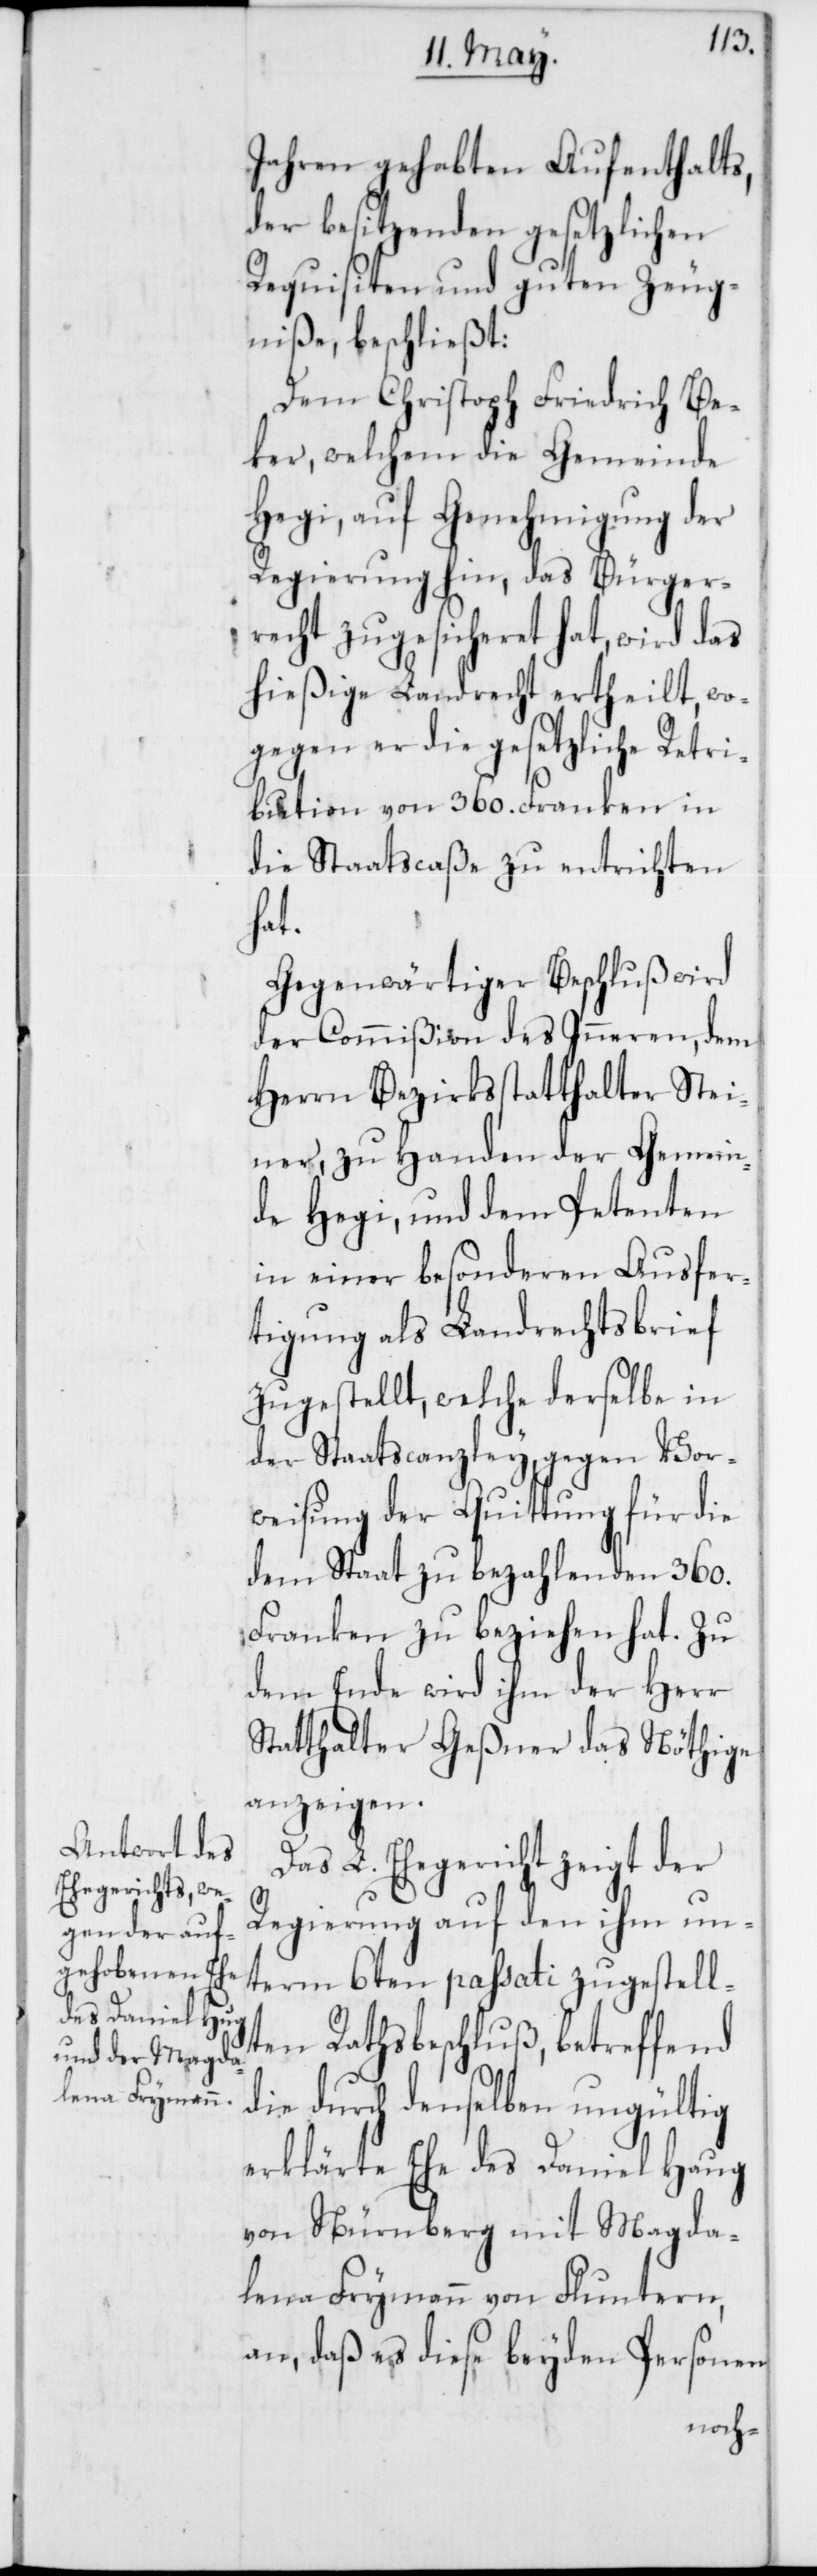
Jahren gehabten Aufenthalts,
der besitzenden gesetzlichen
Requisiten und guten Zeug¬
niße, beschließt:
Dem Christoph Friedrich Be¬
ker, welchem die Gemeinde
Hegi, auf Genehmigung der
Regierung hin, das Bürger¬
recht zugesicheret hat, wird das
hießige Landrecht ertheilt, wo¬
gegen er die gesetzliche Retri¬
bution von 360. Franken in
die Staatscaße zu entrichten
hat.
Gegenwärtiger Beschluß wird
der Commißion des Inneren, dem
Herrn Bezirksstatthalter Stei¬
ner, zu Handen der Gemein¬
de Hegi, und dem Petenten
in einer besonderen Ausfer¬
tigung als Landrechtsbrief
zugestellt, welche derselbe in
der Staatscanzley, gegen Vor¬
weisung der Quittung für die
dem Staat zu bezahlenden 360.
Franken zu beziehen hat. Zu
dem Ende wird ihm der Herr
Statthalter Geßner das Nöthige
anzeigen.
Das L. Ehegericht zeigt der
Regierung auf den ihm un¬
term 6ten passati zugestell¬
ten Rathsbeschluß, betreffend
die durch denselben ungültig
erklärte Ehe des Daniel Hug
von Nürnberg mit Magda¬
lena Frymann von Fluntern,
an, daß es diese beyden Personen